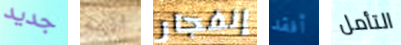
جديد أذنه إنفجار أفقد التأمل